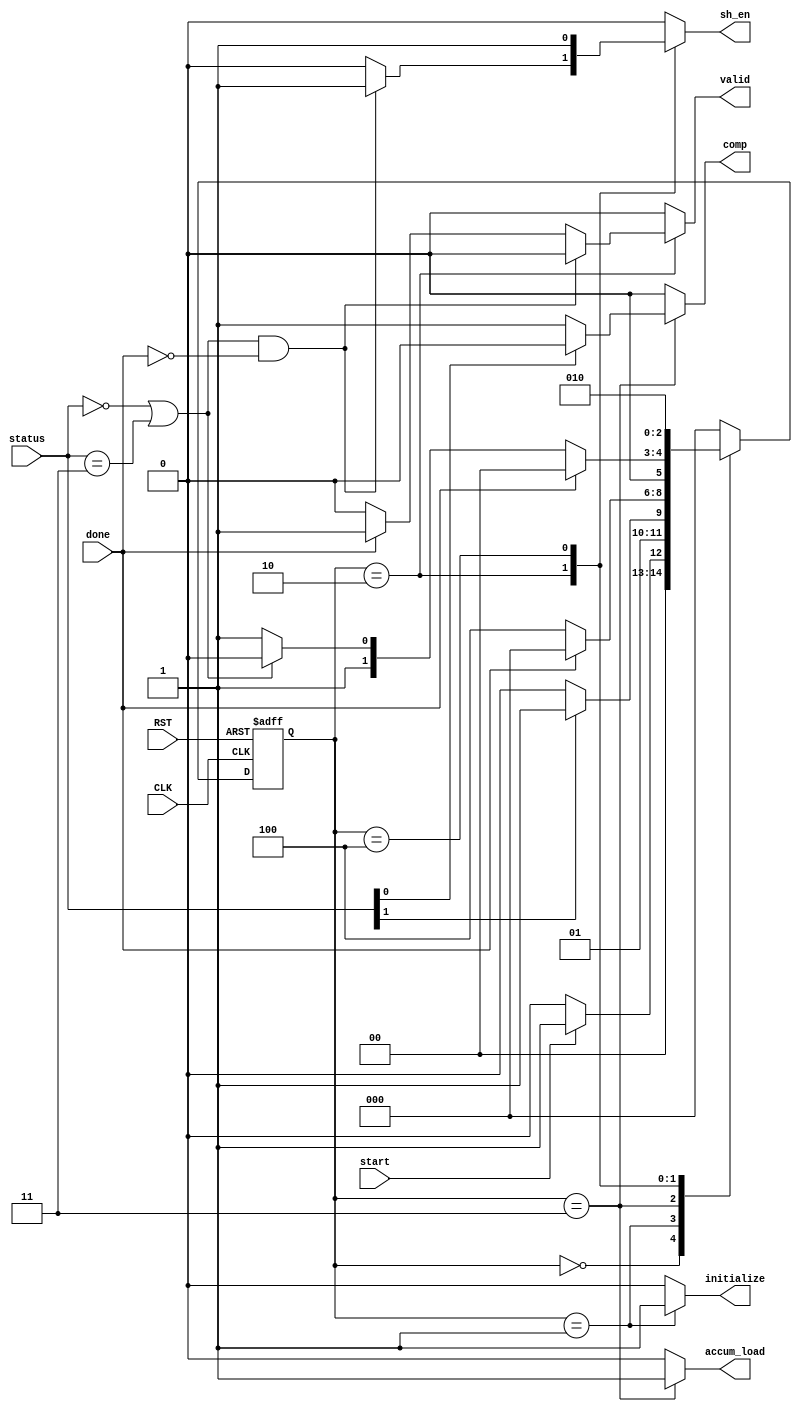
module multiplier_controller (
    input wire RST,
    input wire CLK,
    input wire [1:0] status,
    input wire start,           // starts the multiplication
    input wire done,
    output reg initialize,
    output reg accum_load,
    output reg sh_en,
    output reg comp,
    output reg valid
);
    localparam [2:0]    IDLE        = 'b000,
                        INIT        = 'b001,
                        SHIFT       = 'b010,
                        ADD         = 'b011,
                        FORCE_SHIFT      = 'b100;
    
    reg [2:0] present_state, next_state;

    always @(posedge CLK or negedge RST) begin
        if (~RST) begin
            present_state <= IDLE;
        end
        else begin
            present_state <=next_state;
        end
    end

    always @(*) begin
        initialize = 0;
        accum_load = 0;
        sh_en = 0;
        comp = 0;
        valid = 0;
        case (present_state)
            IDLE: begin
                /*next state*/
                if (start) begin
                    next_state = INIT;
                end
                else begin
                    next_state = IDLE;
                end

                /*output*/
                if (start) begin
                end
            end
            INIT : begin
                if(status[1])
                    next_state = ADD;
                else
                    next_state = SHIFT;
                
                initialize = 'b1;
            end
            ADD: begin
                /*next state*/
                if (done) begin
                    next_state = IDLE;
                end
                else begin
                    next_state = FORCE_SHIFT;
                end

                /*output*/
                accum_load = 'b1;
                if (status[0]) // 01 -> no complement
                    comp = 'b0;
                else
                    comp = 'b1;
            end
            SHIFT: begin
                /*next state*/
                if (done) begin
                    next_state = IDLE;
                end
                else if ((status == 'b00)||( status == 'b11)) begin
                    next_state = SHIFT;
                end
                else begin
                    next_state = ADD;
                end

                /*output*/
                if ((status == 'b00||status == 'b11)&& ~done) begin
                    sh_en = 'b1;
                end
                else if (done) begin
                    valid ='b1;
                end
            end
            FORCE_SHIFT: begin
                next_state = SHIFT;
                sh_en = 'b1;

            end
            default : next_state = IDLE;
        endcase
    end

endmodule